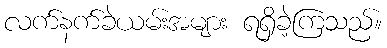
လက်နက်ခဲယမ်းအများ ရရှိခဲ့ကြသည်။